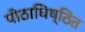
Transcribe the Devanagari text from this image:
पीठाधिष्ठित